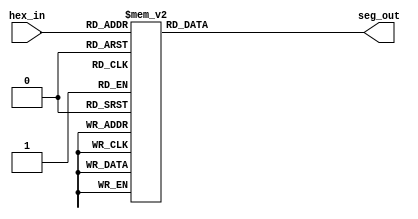
`define ZERO 7'b0000001
`define ONE 7'b1111001
`define TWO 7'b0101001
`define THREE 7'b0110000
`define FOUR 7'b0011001
`define FIVE 7'b0010010
`define SIX 7'b0000011
`define SEVEN 7'b1111000
`define EIGHT 7'b0000000
`define NINE 7'b0011000
`define HEXA 7'b0001000
`define HEXB 7'b1111100
`define HEXC 7'b1000110
`define HEXD 7'b0100001
`define HEXE 7'b0000110
`define HEXF 7'b0001110

module s0(hex_in, seg_out);
  input [3:0] hex_in;
  output reg [6:0] seg_out;

  always@(*) begin
    case (hex_in)
      4'h0: seg_out <= `ZERO;
      4'h1: seg_out <= `ONE;
      4'h2: seg_out <= `TWO;
      4'h3: seg_out <= `THREE;
      4'h4: seg_out <= `FOUR;
      4'h5: seg_out <= `FIVE;
      4'h6: seg_out <= `SIX;
      4'h7: seg_out <= `SEVEN;
      4'h8: seg_out <= `EIGHT;
      4'h9: seg_out <= `NINE;
      4'ha: seg_out <= `HEXA;
      4'hb: seg_out <= `HEXB;
      4'hc: seg_out <= `HEXC;
      4'hd: seg_out <= `HEXD;
      4'he: seg_out <= `HEXE;
      4'hf: seg_out <= `HEXF;
    endcase
  end

endmodule